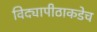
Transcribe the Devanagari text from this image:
विद्यापीठाकडेच